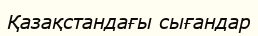
Қазақстандағы сығандар